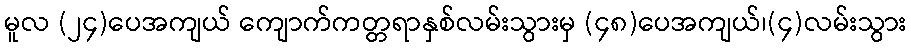
မူလ (၂၄)ပေအကျယ် ကျောက်ကတ္တရာနှစ်လမ်းသွားမှ (၄၈)ပေအကျယ်၊(၄)လမ်းသွား